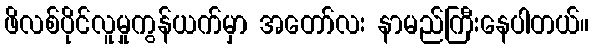
ဖိလစ်ပိုင်လူမှုကွန်ယက်မှာ အတော်လး နာမည်ကြီးနေပါတယ်။